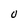
Character: 0